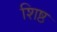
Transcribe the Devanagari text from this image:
शिष्ठ